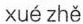
xuézhě